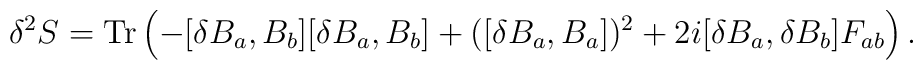
\delta^2 S = {\rm Tr} \left( - [\delta B_a, B_b] [\delta B_a, B_b] + ([\delta B_a, B_a])^2 +2 i [\delta B_a, \delta B_b] F_{ab} \right).